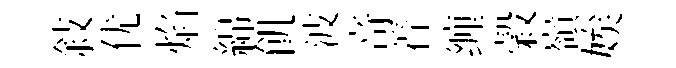
敍优焰綿飢波竒着缠穀嶺娭